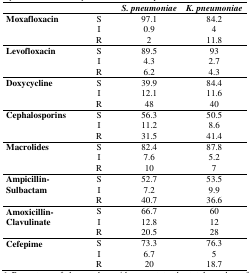
|  |  | S. pneumoniae | K. pneumoniae |
 | --- | --- | --- | --- |
 | <ROWSPAN=3> Moxafloxacin | S | 97.1 | 84.2 |
 | I | 0.9 | 4 |
 | R | 2 | 11.8 |
 | <ROWSPAN=3> Levofloxacin | S | 89.5 | 93 |
 | I | 4.3 | 2.7 |
 | R | 6.2 | 4.3 |
 | <ROWSPAN=3> Doxycycline | S | 39.9 | 84.4 |
 | I | 12.1 | 11.6 |
 | R | 48 | 40 |
 | <ROWSPAN=3> Cephalosporins | S | 56.3 | 50.5 |
 | I | 11.2 | 8.6 |
 | R | 31.5 | 41.4 |
 | <ROWSPAN=3> Macrolides | S | 82.4 | 87.8 |
 | I | 7.6 | 5.2 |
 | R | 10 | 7 |
 | <ROWSPAN=3> Ampicillin-Sulbactam | S | 52.7 | 53.5 |
 | I | 7.2 | 9.9 |
 | R | 40.7 | 36.6 |
 | <ROWSPAN=3> Amoxicillin-Clavulinate | S | 66.7 | 60 |
 | I | 12.8 | 12 |
 | R | 20.5 | 28 |
 | <ROWSPAN=3> Cefepime | S | 73.3 | 76.3 |
 | I | 6.7 | 5 |
 | R | 20 | 18.7 |